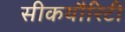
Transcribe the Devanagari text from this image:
सीकयौरिटी